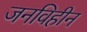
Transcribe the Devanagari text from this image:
जनविहीन